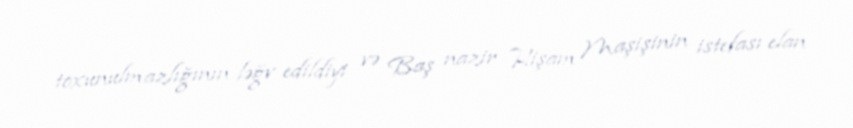
toxunulmazlığının ləğv edildiyi və Baş nazir Hişam Maşişinin istefası elan